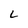
Character: L